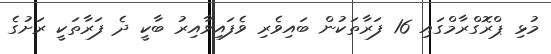
މުޅި ޕްރޮގްރާމްގައި 16 ފަރާތަކުން ބައިވެރި ވެފައިވާއިރު ބާކީ ދެ ފަރާތަކީ ރަށުގެ